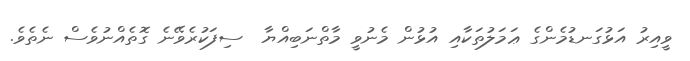
ވީއިރު އަޅުގަނޑުމެންގެ ޢަމަލުތަކާއި އުޅުން މެނުވީ މާތްނަބިއްޔާ  ސިފަކުރެވޭނެ ގޮތެއްނުވެސް ނެތެވެ.